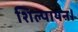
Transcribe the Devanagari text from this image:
शिल्पायन।